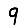
Digit: 9